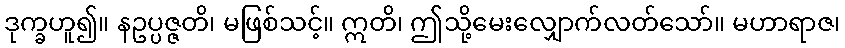
ဒုက္ခဟူ၍။ နဥပ္ပဇ္ဇတိ၊ မဖြစ်သင့်။ ဣတိ၊ ဤသို့မေးလျှောက်လတ်သော်။ မဟာရာဇ၊